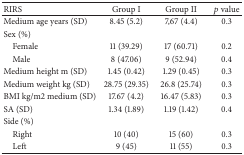
<table><thead><tr><td><b>RIRS</b></td><td><b>Group I</b></td><td><b>Group II</b></td><td><b><i>p</i> value</b></td></tr></thead><tbody><tr><td>Medium age years (SD)</td><td>8.45 (5.2)</td><td>7,67 (4.4)</td><td>0.3</td></tr><tr><td>Sex (%)</td><td> </td><td> </td><td> </td></tr><tr><td> Female</td><td>11 (39.29)</td><td>17 (60.71)</td><td>0.2</td></tr><tr><td> Male</td><td>8 (47.06)</td><td>9 (52.94)</td><td>0.4</td></tr><tr><td>Medium height m (SD)</td><td>1.45 (0.42)</td><td>1.29 (0.45)</td><td>0.3</td></tr><tr><td>Medium weight kg (SD)</td><td>28.75 (29.35)</td><td>26.8 (25.74)</td><td>0.3</td></tr><tr><td>BMI kg/m2 medium (SD)</td><td>17.67 (4.2)</td><td>16.47 (5.83)</td><td>0.3</td></tr><tr><td>SA (SD)</td><td>1.34 (1.89)</td><td>1.19 (1.42)</td><td>0.4</td></tr><tr><td>Side (%)</td><td> </td><td> </td><td> </td></tr><tr><td> Right</td><td>10 (40)</td><td>15 (60)</td><td>0.3</td></tr><tr><td> Left</td><td>9 (45)</td><td>11 (55)</td><td>0.3</td></tr></tbody></table>